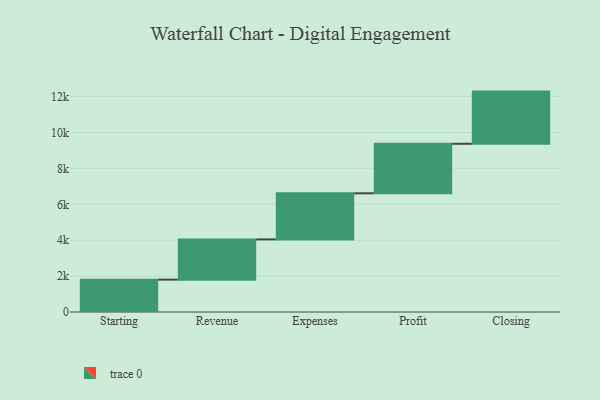
{"axis": {"x": "Step", "y": "Value"}, "legend": [""], "data": [{"x": "Starting", "y": 1803.0, "type": ""}, {"x": "Revenue", "y": 2242.0, "type": ""}, {"x": "Expenses", "y": 2567.0, "type": ""}, {"x": "Profit", "y": 2760.0, "type": ""}, {"x": "Closing", "y": 2906.0, "type": ""}]}